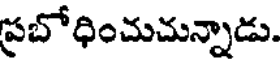
ప్రబోధించుచున్నాడు.